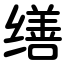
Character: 缮